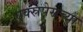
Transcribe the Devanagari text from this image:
एक्स्रपेसच्या